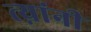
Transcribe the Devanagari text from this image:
त्य़ांनी